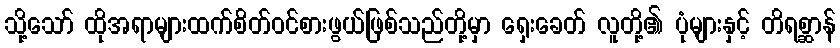
သို့သော် ထိုအရာများထက်စိတ်ဝင်စားဖွယ်ဖြစ်သည်တို့မှာ ရှေးခေတ် လူတို့၏ ပုံများနှင့် တိရစ္ဆာန်